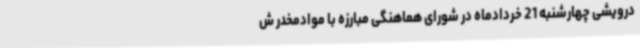
درویشی چهارشنبه 21 خردادماه در شورای هماهنگی مبارزه با موادمخدر ش